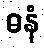
ဓနံ